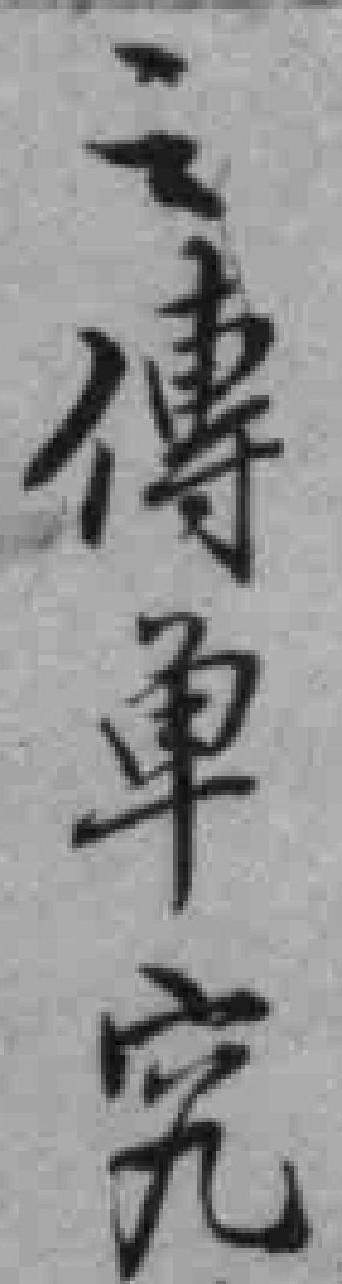
之傳单究